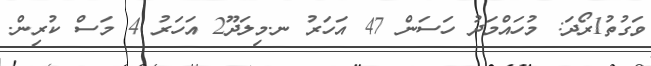
ވަގުތު1ރޯދަ: މުހައްމަދު ހަސަން 47 އަހަރު ނ.މިލަދޫ2 އަހަރު 4 މަސް ކުރިން.